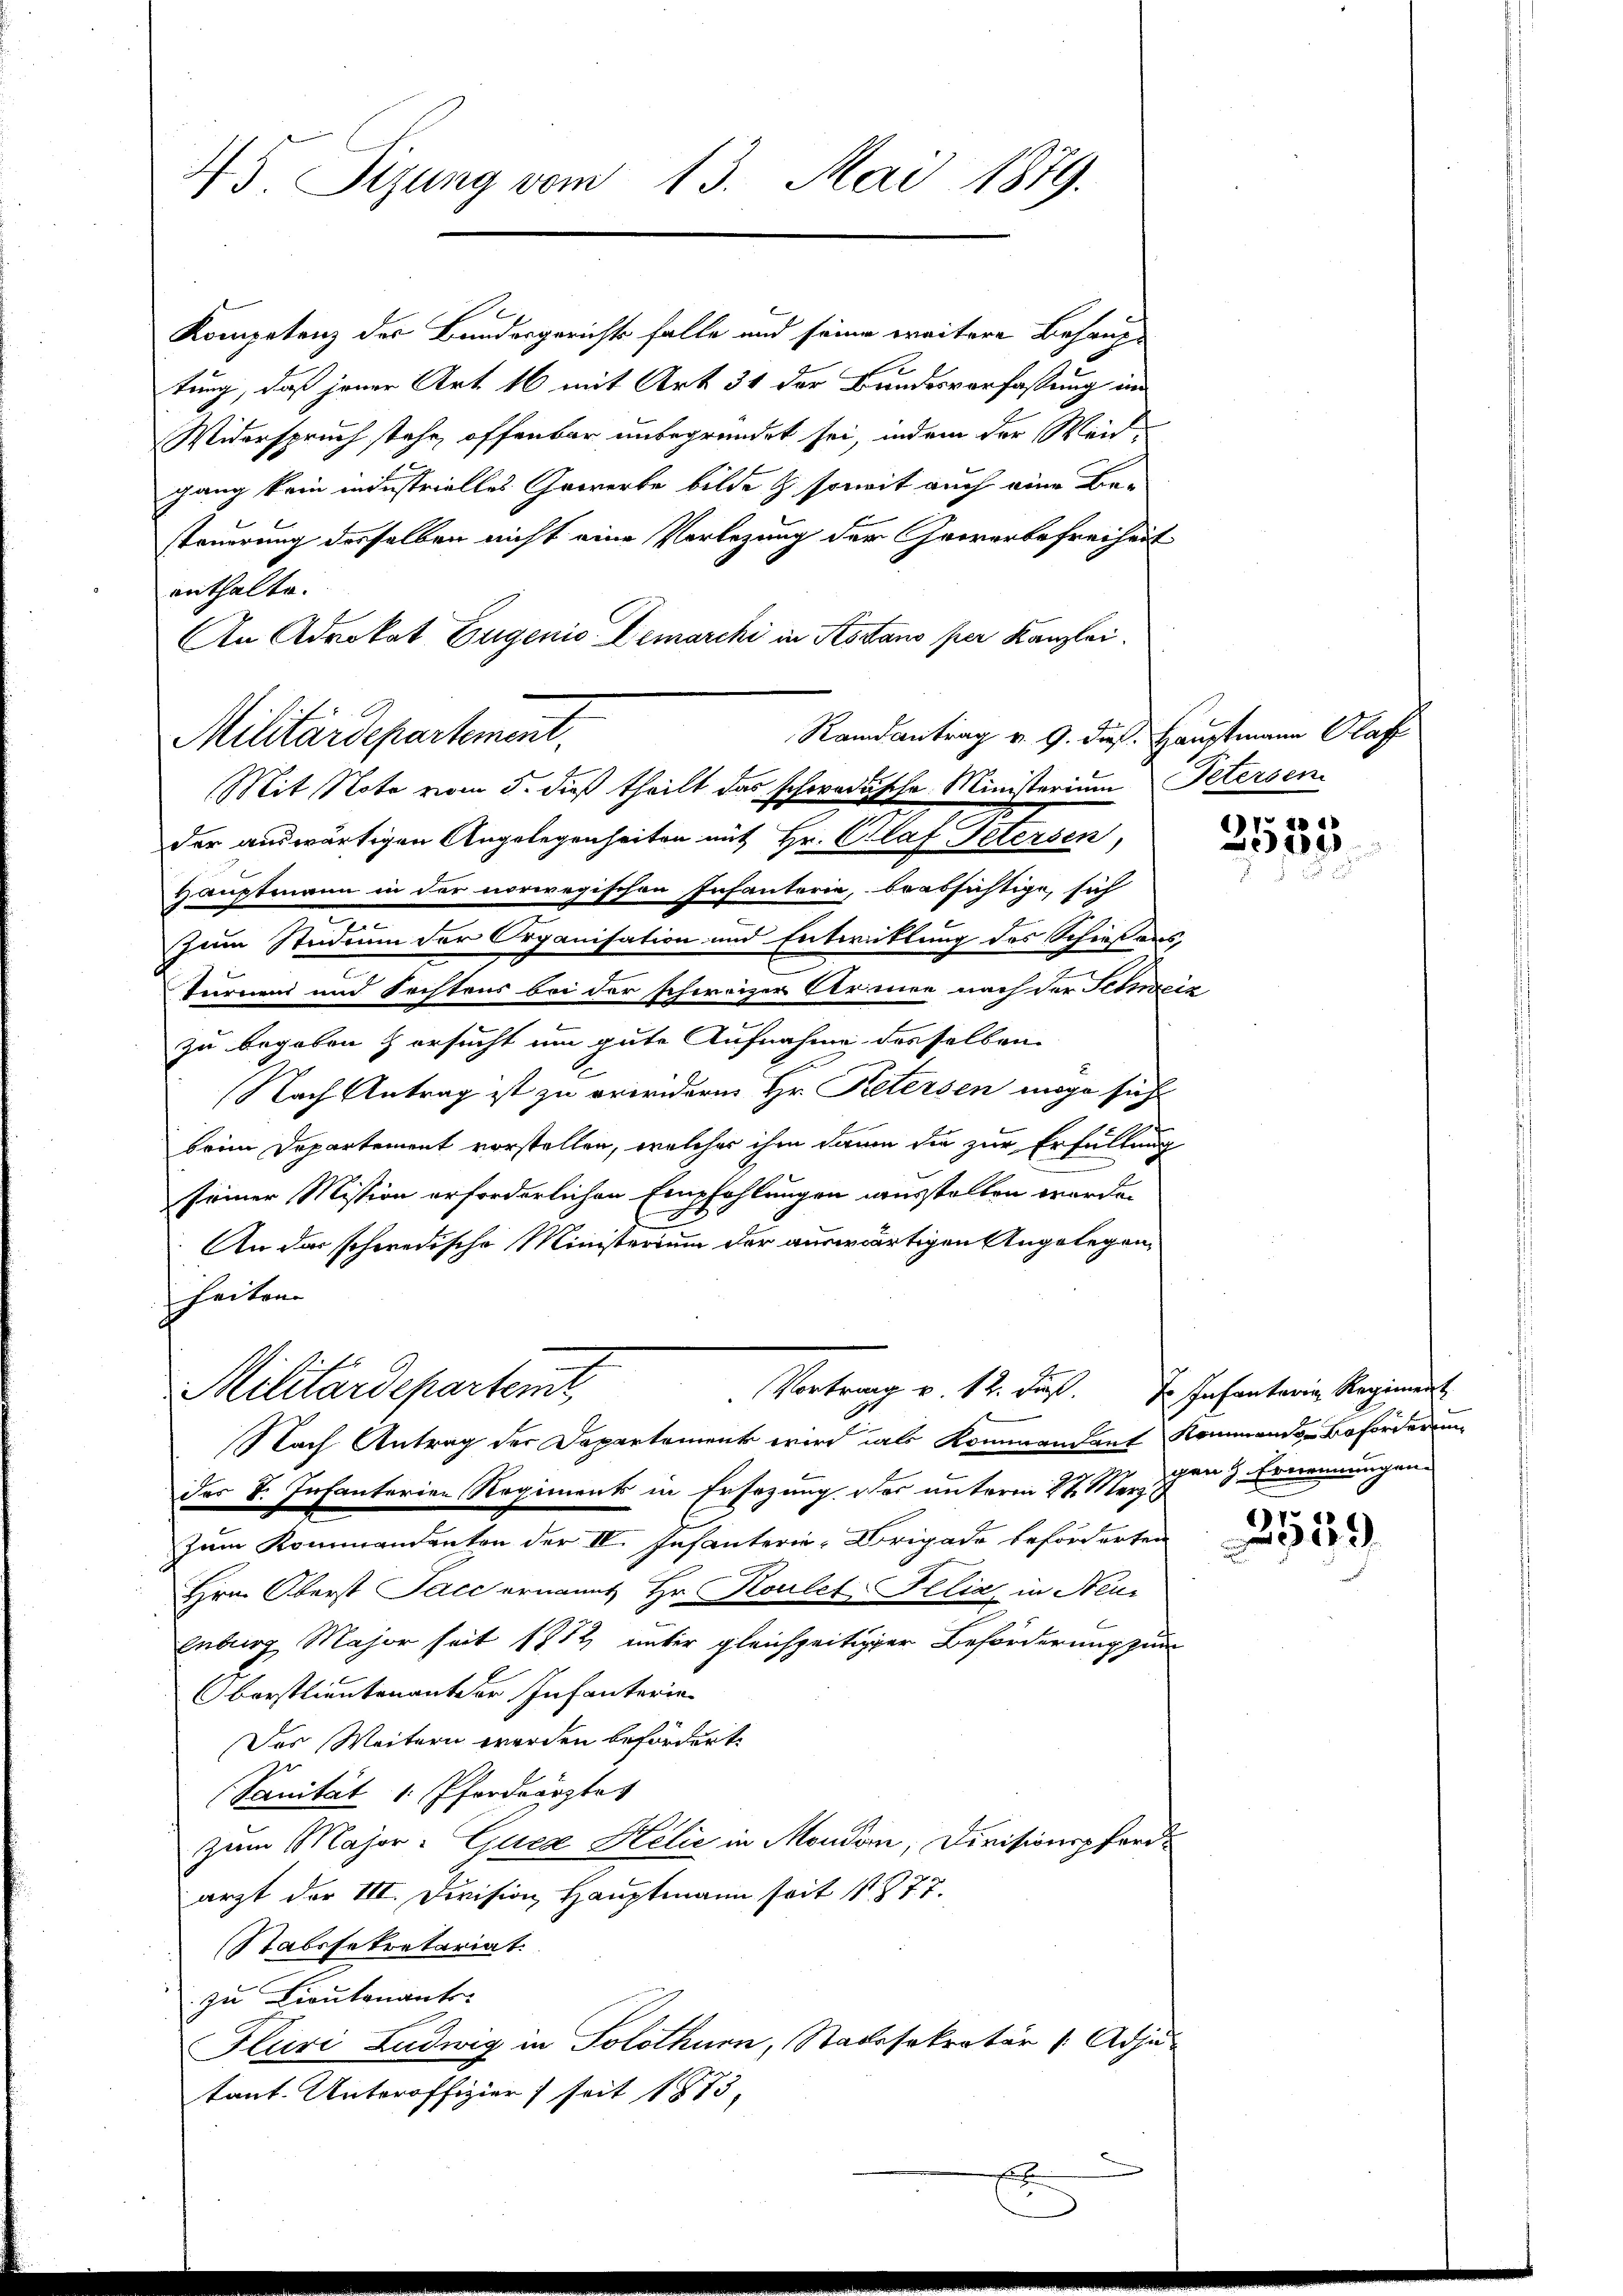
45. Sizung vom 13. Mai 1879.

Kompetenz der Bundesgerichts falle und seine weitere Behauptung, daß jener Art. 16 mit Art. 31 der Bundesverfassung in
Widerspruch stehe, offenbar unbegründet sei, indem der Weid-
gang kein industrielles Gewerbe bilde & soweit auch eine Besteuerung desselben nicht eine Vorlegung der Gewerbefreiheit
enthalte.
An Advokat Eugenie Demarcki in Kottano per Kanzlei.
Militärdepartement,
der auswärtigen Angelegenheiten mit Hr. Graf Petersen,
Hauptmann in der norwegischen Infanterie, beabsichtige, sich
Zum Studium der Organisation und Entwicklung des Schieß aus,
Turnen und Rechtens bei der schweizer Armen nach der Schreiz
zu begeben & ersucht um gute Aufnahme desselben
Nach Antrag ist zu orieder Hr. Retersen möge sicht
beim Departement vorstellen, welcher ihm dann die zur Erfüllung
seiner Mission erforderlichen Empfehlungen ausstellen werden
.
An das schoredische Ministerium der auswärtigen Angelegenheiten

Mit Note vom 5. dieß theilt das schwadische Ministerium Petersen

Randantrag v. 9. dieß. Hauptmann Plaf

Vortrag v. 12. dieß,
Militärdepartemt,
Nach Antrag der Departement wird als Kommandant Kommens-Beforderung

des V. Infanterien Regiments in Ersezung des unterm 22. Merz den 3. Ernennungen¬
Zum Kommendanten der IV. Infanterie-Brigade beförderten
Hrn. Oberst Sacc ernannt Hr. Koulet-Filia in Neur
Enburg Major seit 1872, unter gleichzeitiger Beförderung zum
Oberstlieutenant der Infanterie
Das Weitern werden befördert.
Sanität 1 Pferdrärztes
zum Major. Guca Helić in Moudon, Divisionspfordarzt der III. Division Hauptmann seit 1877.
Stabssekretariat
zu Lieutnante
Fluri Ludwig in Solothurn, Stadtssekretär ( Adju
tant. Unteroffizier seit 1873.

17 18
200.

J. Infantaria Regiment

)
39